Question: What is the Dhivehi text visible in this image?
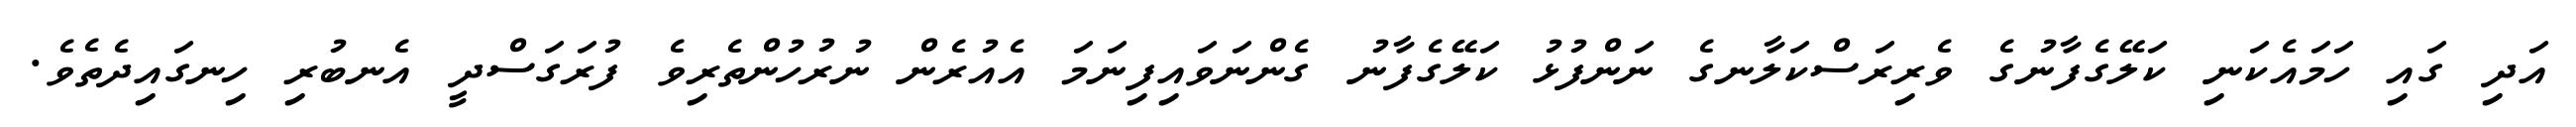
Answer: އަދި ގައި ހަމައެކަނި ކަލޭގެފާނުގެ ވެރިރަސްކަލާނގެ ނަންފުޅު ކަލޭގެފާނު ގެންނަވައިފިނަމަ އެއުރެން ނުރުހުންތެރިވެ ފުރަގަސްދީ އެނބުރި ހިނގައިދެތެވެ.